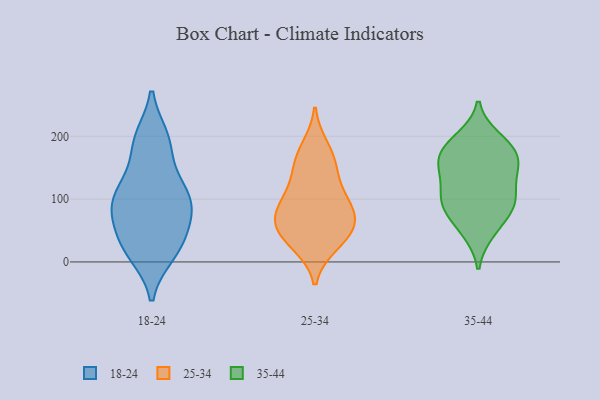
{"axis": {"x": "Latency (ms)", "y": "Value"}, "legend": ["18-24", "25-34", "35-44"], "data": [{"x": "", "y": 96, "type": "18-24"}, {"x": "", "y": 197, "type": "18-24"}, {"x": "", "y": 13, "type": "18-24"}, {"x": "", "y": 49, "type": "18-24"}, {"x": "", "y": 17, "type": "18-24"}, {"x": "", "y": 100, "type": "18-24"}, {"x": "", "y": 196, "type": "18-24"}, {"x": "", "y": 125, "type": "18-24"}, {"x": "", "y": 79, "type": "18-24"}, {"x": "", "y": 21, "type": "18-24"}, {"x": "", "y": 84, "type": "18-24"}, {"x": "", "y": 95, "type": "18-24"}, {"x": "", "y": 183, "type": "18-24"}, {"x": "", "y": 127, "type": "18-24"}, {"x": "", "y": 44, "type": "18-24"}, {"x": "", "y": 106, "type": "25-34"}, {"x": "", "y": 29, "type": "25-34"}, {"x": "", "y": 74, "type": "25-34"}, {"x": "", "y": 152, "type": "25-34"}, {"x": "", "y": 44, "type": "25-34"}, {"x": "", "y": 181, "type": "25-34"}, {"x": "", "y": 66, "type": "25-34"}, {"x": "", "y": 37, "type": "25-34"}, {"x": "", "y": 158, "type": "25-34"}, {"x": "", "y": 109, "type": "25-34"}, {"x": "", "y": 83, "type": "25-34"}, {"x": "", "y": 64, "type": "25-34"}, {"x": "", "y": 54, "type": "35-44"}, {"x": "", "y": 142, "type": "35-44"}, {"x": "", "y": 171, "type": "35-44"}, {"x": "", "y": 136, "type": "35-44"}, {"x": "", "y": 197, "type": "35-44"}, {"x": "", "y": 174, "type": "35-44"}, {"x": "", "y": 91, "type": "35-44"}, {"x": "", "y": 91, "type": "35-44"}, {"x": "", "y": 169, "type": "35-44"}, {"x": "", "y": 98, "type": "35-44"}, {"x": "", "y": 47, "type": "35-44"}, {"x": "", "y": 193, "type": "35-44"}, {"x": "", "y": 136, "type": "35-44"}, {"x": "", "y": 162, "type": "35-44"}, {"x": "", "y": 90, "type": "35-44"}, {"x": "", "y": 98, "type": "35-44"}]}